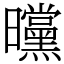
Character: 曭